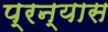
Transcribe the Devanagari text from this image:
प्रन्‍यास